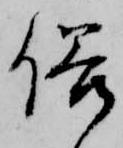
俗